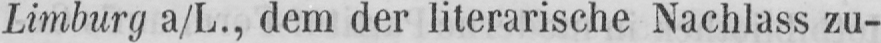
Limburg a/L., dem der literarische Nachlass zu-